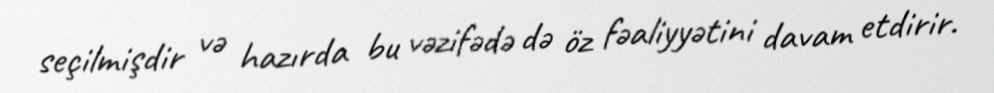
seçilmişdir və hazırda bu vəzifədə də öz fəaliyyətini davam etdirir.